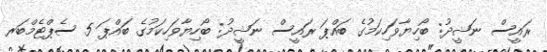
ރައީސް ނަޝީދު: ބޯހިޔާވަހިކަމުގެ ބައްޕަ ރައީސް ނަޝީދު: ބޯހިޔާވަހިކަމުގެ ބައްޕަ 5 ސެޕްޓެމްބަރ